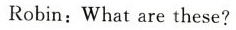
Robin:What are these?